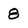
Character: 8